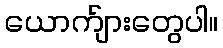
ယောက်ျားတွေပါ။